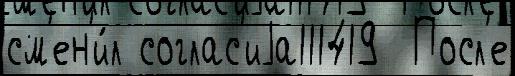
см'ен'и́л соглас'иjа111419  Посл'е